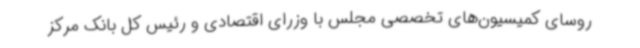
روسای کمیسیون‌های تخصصی مجلس با وزرای اقتصادی و رئیس کل بانک مرکز